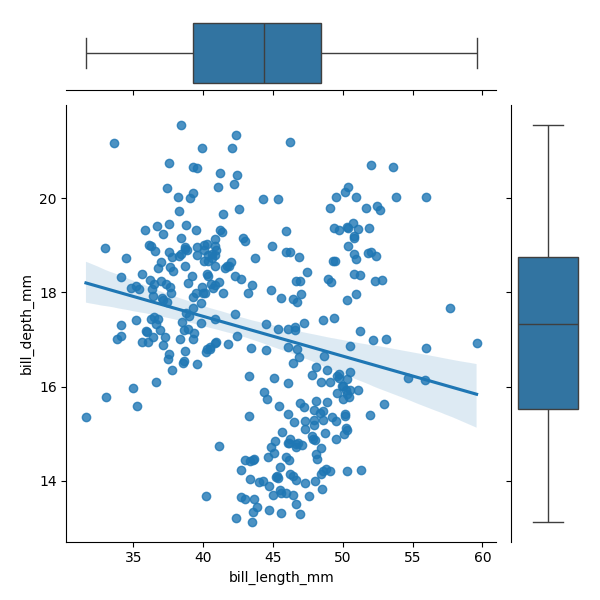
python, seaborn, JointGrid, regplot, boxplot